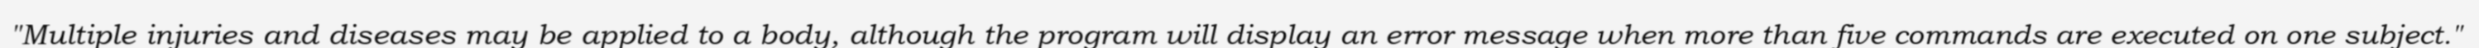
"Multiple injuries and diseases may be applied to a body, although the program will display an error message when more than five commands are executed on one subject."